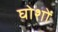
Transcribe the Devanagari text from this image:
घोशों